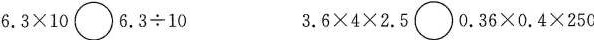
$$6 . 3 \times 1 0 \circ 6 . 3 \times 1 0 $$ $$3 . 6 \times 4 \times 2 . 5 \circ 0 . 3 6 \times 0 . 4\times 2 5 0$$